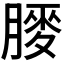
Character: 𫆯